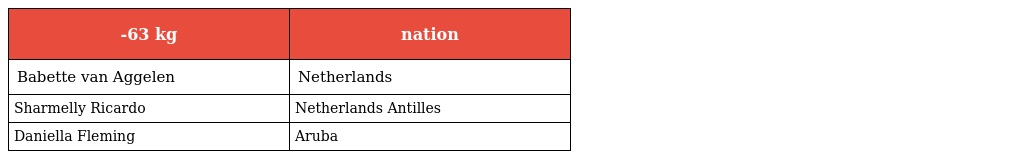
| -63 kg | nation |
 | --- | --- |
 | Babette van Aggelen | Netherlands |
 | Sharmelly Ricardo | Netherlands Antilles |
 | Daniella Fleming | Aruba |